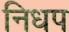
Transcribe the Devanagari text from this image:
निधप